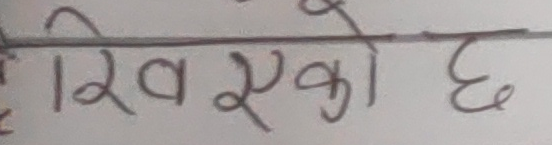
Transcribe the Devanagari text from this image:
दिएको छ